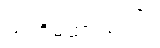
သတိမထားမိကြ။